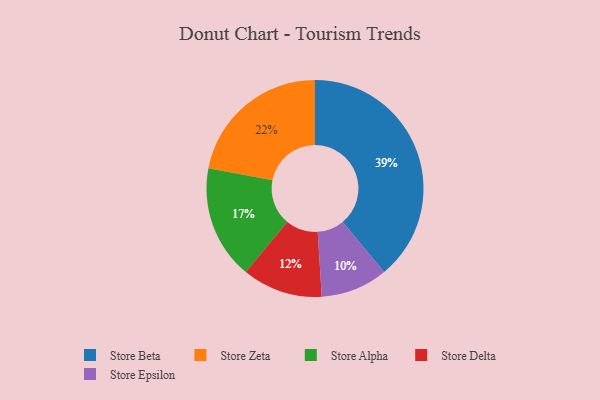
{"axis": {"x": "Category", "y": "Percentage"}, "legend": ["Store Alpha", "Store Beta", "Store Delta", "Store Epsilon", "Store Zeta"], "data": [{"x": "Store Zeta", "y": 22, "type": "Store Zeta"}, {"x": "Store Beta", "y": 39, "type": "Store Beta"}, {"x": "Store Alpha", "y": 17, "type": "Store Alpha"}, {"x": "Store Epsilon", "y": 10, "type": "Store Epsilon"}, {"x": "Store Delta", "y": 12, "type": "Store Delta"}]}